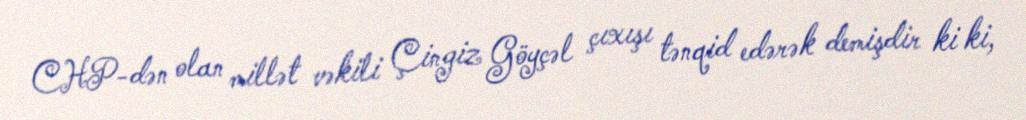
CHP-dən olan millət vəkili Çingiz Göyçəl çıxışı tənqid edərək demişdir ki ki,